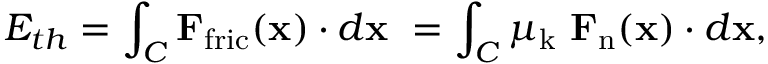
E _ { t h } = \int _ { C } \mathbf { F } _ { \mathrm { f r i c } } ( \mathbf { x } ) \cdot d \mathbf { x } \ = \int _ { C } \mu _ { \mathrm { k } } \ \mathbf { F } _ { \mathrm { n } } ( \mathbf { x } ) \cdot d \mathbf { x } ,